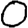
Digit: 0